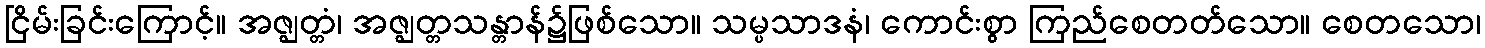
ငြိမ်းခြင်းကြောင့်။ အဇ္ဈတ္တံ၊ အဇ္ဈတ္တသန္တာန်၌ဖြစ်သော။ သမ္ပသာဒနံ၊ ကောင်းစွာ ကြည်စေတတ်သော။ စေတသော၊